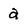
Character: a